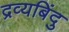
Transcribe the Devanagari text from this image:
द्रव्यबिंदु